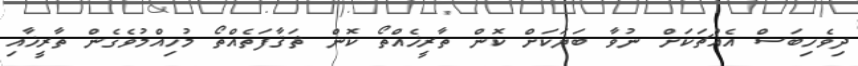
ދިވެހިބަސް އެއްޗަކަށް ނުވާ ބަޔަކަށް ކޮން ތާރީޚެއްތޯ ކޮން ޘަޤާފަތެއްތޯ މުހިއްމުވެގެން ތާރީޚާއި